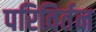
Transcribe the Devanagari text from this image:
परिविर्तन